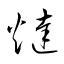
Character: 燵